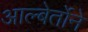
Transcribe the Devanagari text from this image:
आल्बेर्तोने